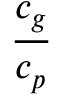
\displaystyle { \frac { c _ { g } } { c _ { p } } }